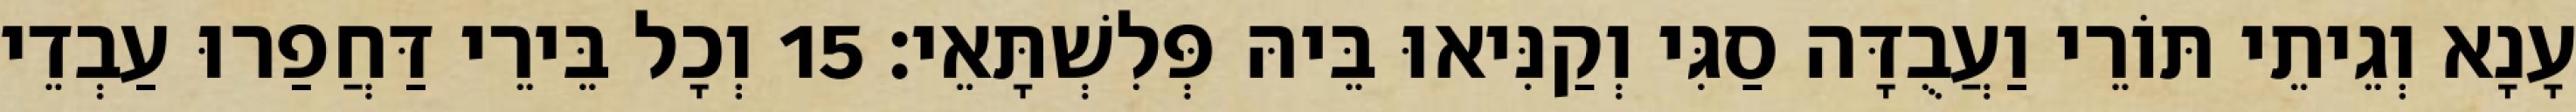
עָנָא וְגֵיתֵי תּוֹרֵי וַעֲבֻדָּה סַגִּי וְקַנִּיאוּ בֵּיהּ פְּלִשְׁתָּאֵי׃ 15 וְכָל בֵּירֵי דַּחֲפַרוּ עַבְדֵי